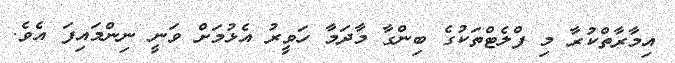
އިމާރާތްކުރާ މި ފްލެޓްތަކުގެ ބިންގާ މާދަމާ ހަވީރު އެޅުމަށް ވަނީ ނިންމައިފަ އެވެ.